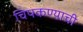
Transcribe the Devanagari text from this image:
चिपकण्याची